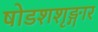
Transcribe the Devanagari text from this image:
षोडशशृङ्गार